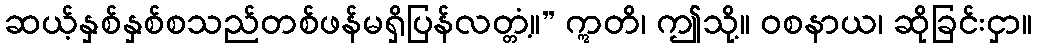
ဆယ့်နှစ်နှစ်စသည်တစ်ဖန်မရှိပြန်လတ္တံ့။” ဣတိ၊ ဤသို့။ ဝစနာယ၊ ဆိုခြင်းငှာ။